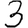
Digit: 3